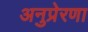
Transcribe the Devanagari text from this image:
अनुप्रेरणा